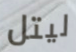
ليتل